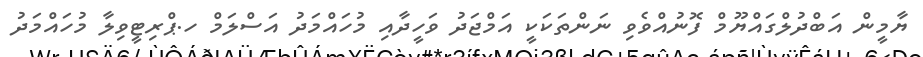
ޔާމީން އަބްދުލްގައްޔޫމް ފޮނުއްވެވި ނަންތަކަކީ އަމްޖަދު ވަހީދާއި މުހައްމަދު އަސްލަމް ހ.ޕްރިޓީވިލާ މުހައްމަދު